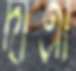
দাত্রী